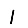
Digit: 1